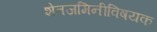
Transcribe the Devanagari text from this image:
शेतजमिनीविषयक